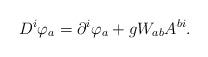
LaTeX: \begin{align*}D^{i}\varphi _{a}=\partial ^{i}\varphi _{a}+gW_{ab}A^{bi}. \end{align*}